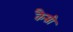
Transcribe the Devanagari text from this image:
कैम्री